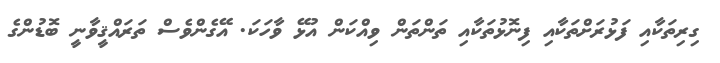
ގިރިތަކާއި ފަޅުރަށްތަކާއި ފިނޮޅުތަކާއި ތަންތަން ވިއްކަން އުޅޭ ވާހަކަ. އޭގެންވެސް ތަރައްޤީވާނީ ބޮޑުންގެ